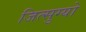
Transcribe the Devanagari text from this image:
जित्सुग्यो